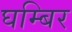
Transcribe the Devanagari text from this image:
घम्बिर